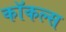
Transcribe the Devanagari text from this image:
कॉकल्स